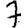
Digit: 7